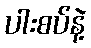
ပါးစပ်နဲ့